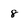
Character: 8